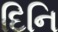
દિનિ